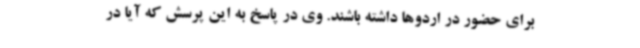
برای حضور در اردوها داشته باشند. وی در پاسخ به این پرسش که آیا در